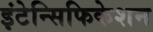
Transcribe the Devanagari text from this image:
इंटेन्सिफिकेशन